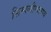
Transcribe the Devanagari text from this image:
सिम्पलीफलाय